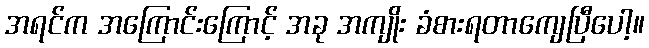
အရင်က အကြောင်းကြောင့် အခု အကျိုး ခံစားရတာကျေပြီပေါ့။